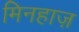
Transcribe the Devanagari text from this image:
मिनहाज़